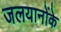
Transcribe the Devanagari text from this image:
जलयानोंके